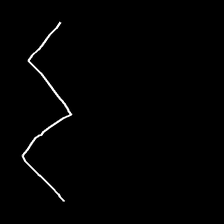
Glyph: crush